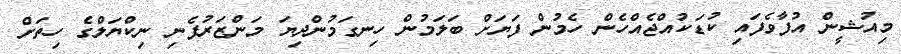
މިއުޝީން އުފާވެފައި ކުޑަކުއްޖެެއްހެން ހެމުން ފަޔަށް ބަލަމުން ހިނގަމުންދިޔަ މަންޒަރުފެނި ނިކްޔަލްގެ ހިތަށް